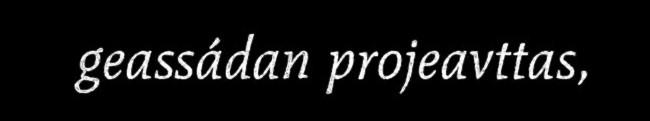
geassádan projeavttas,